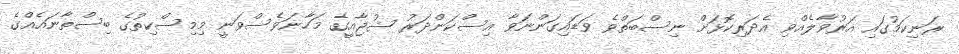
ރަނިކަމުގައި އަރުވާލެއްވި އެދަރިކޮޅަށް ނިސްބަތްވެ ވަޑައިގަންނަވާ އިސްކަންދަރު ޝުޖާއީގެ މަހާނަވެސްވަނީ މިމިސްކިތުގެ ބިސްތާނައެއްގެ